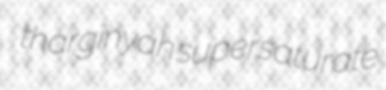
tharginyah supersaturate